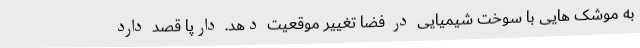
به موشک هایی با سوخت شیمیایی در فضا تغییر موقعیت دهد. دارپا قصد دارد